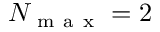
N _ { \mathrm { ~ m ~ a ~ x ~ } } = 2